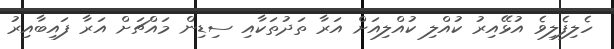
ހެލިފެލިވެ އުޅޭއިރު ކުއްލި ކުއްލިއަށް އަރާ ތަދުތަކާއި ސިޑިން މައްޗަށް އަރާ ފައިބާއިރު